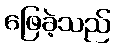
ဖြေခဲ့သည်